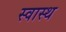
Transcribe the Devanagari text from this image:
स्‍वास्‍थ